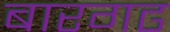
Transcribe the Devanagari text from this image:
बारगढ